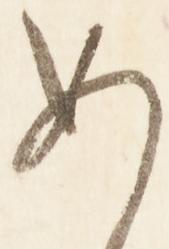
め